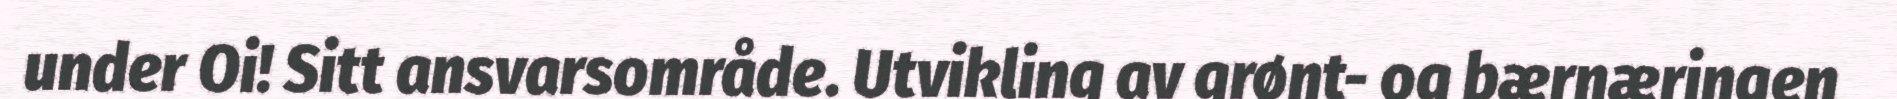
under Oi! Sitt ansvarsområde. Utvikling av grønt- og bærnæringen